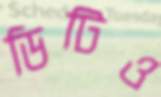
ডিটিও